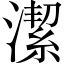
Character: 潔